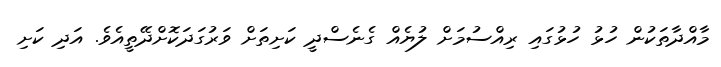
މާއްދާތަކުން ހުޅު ހުޅުގައި ރިއްސުމަށް ލުޔެއް ގެނެސްދީ ކަށިތަށް ވަރުގަދަކޮށްދޭތީއެވެ. އަދި ކަށި